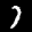
Label: 7